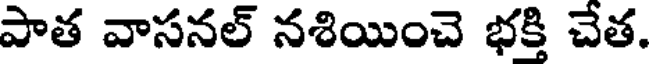
పాత వాసనల్ నశియించె భక్తి చేత.